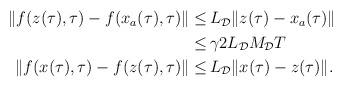
\begin{align*}\begin{aligned}\|f(z(\tau),\tau)-f(x_a(\tau),\tau)\| \le&\, L_\mathcal{D}\|z(\tau)-x_a(\tau)\| \\\le &\,\gamma 2 L_\mathcal{D} M_\mathcal{D} T\\\|f(x(\tau),\tau)-f(z(\tau),\tau)\| \le&\, L_\mathcal{D}\|x(\tau)-z(\tau)\|.\end{aligned}\end{align*}